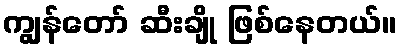
ကျွန်တော် ဆီးချို ဖြစ်နေတယ်။